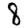
Digit: 8